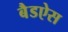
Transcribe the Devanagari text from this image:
बैडऐस